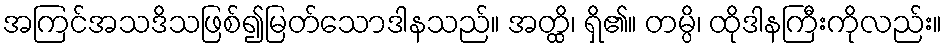
အကြင်အသဒိသဖြစ်၍မြတ်သောဒါနသည်။ အတ္ထိ၊ ရှိ၏။ တမ္ပိ၊ ထိုဒါနကြီးကိုလည်း။